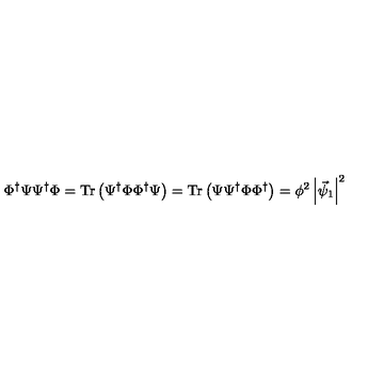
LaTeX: \Phi ^ { \dagger } \Psi \Psi ^ { \dagger } \Phi = \mathrm { T r } \left( \Psi ^ { \dagger } \Phi \Phi ^ { \dagger } \Psi \right) = \mathrm { T r } \left( \Psi \Psi ^ { \dagger } \Phi \Phi ^ { \dagger } \right) = \phi ^ { 2 } \left| \vec { \psi } _ { 1 } \right| ^ { 2 }